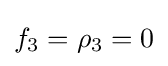
f_{3}=\rho _{3}=0